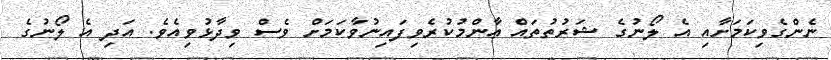
ނެންގެވިކަމަށާއި އެ ލޯނުގެ ޝަރުތުތައް ޢާންމުކުރެވިފައިނުވާކަމަށް ވެސް ވިދާޅުވިއެވެ. އަދި އެ ލޯނުގެ